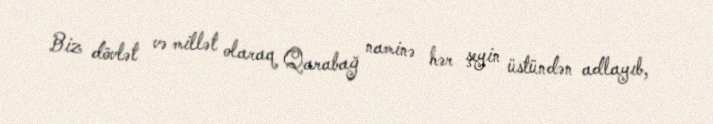
Biz dövlət və millət olaraq Qarabağ naminə hər şeyin üstündən adlayıb,